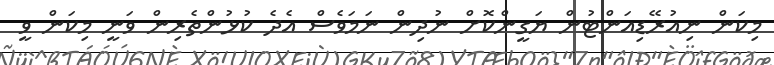
މިކަން ނިއުރޭޑިއަންޓުން ޔަގީންކޮށް ނުދިން ނަމަވެސް އެދެ ކުޅުންތެރިން ވަނީ މިކަން ވީ